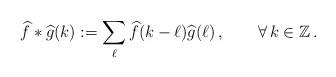
\begin{align*}\widehat f\ast\widehat g(k):=\sum\limits_{\ell}\widehat{f}(k-\ell)\widehat{g}(\ell)\,,\qquad\forall\,k\in\mathbb Z\,.\end{align*}